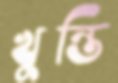
খুন্তি